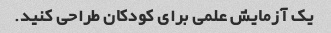
یک آزمایش علمی برای کودکان طراحی کنید.